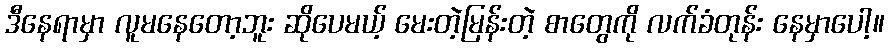
ဒီနေရာမှာ လူမနေတော့ဘူး ဆိုပေမယ့် မေးတဲ့မြန်းတဲ့ စာတွေကို လက်ခံတုန်း နေမှာပေါ့။